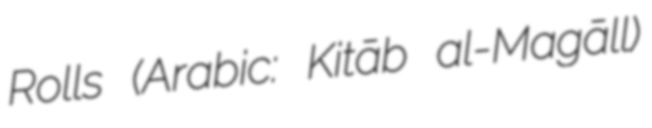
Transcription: Rolls (Arabic: Kitāb al-Magāll)